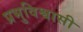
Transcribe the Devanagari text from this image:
प्रभुविश्वासी